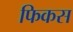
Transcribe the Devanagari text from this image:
फिकस